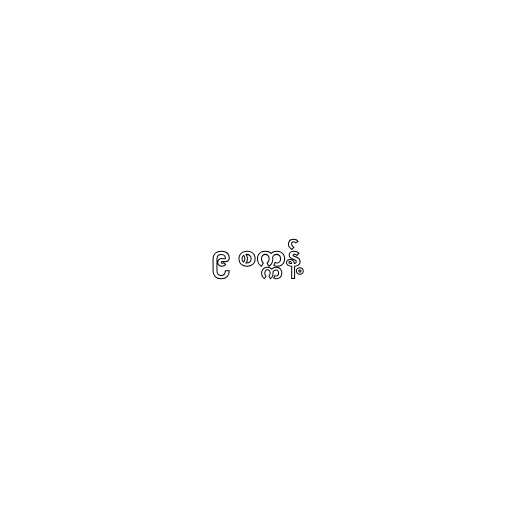
၉ စက္ကန့်